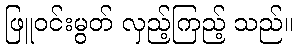
ဖြူဝင်းမွတ် လှည့်ကြည့် သည်။